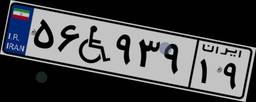
۶۹W۶۰۹۰۸